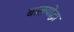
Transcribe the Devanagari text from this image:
बालयोद्धा